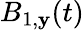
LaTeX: B_{1,\mathbf{y}}(t)